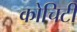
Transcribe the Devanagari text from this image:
कोचिटी